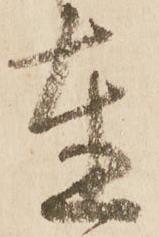
達